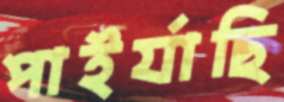
পাইর্যাছি